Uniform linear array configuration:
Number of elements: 8
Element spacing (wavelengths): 0.75
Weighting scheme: blackman
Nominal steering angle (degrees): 0
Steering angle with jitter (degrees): -0.6975
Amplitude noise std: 0.05
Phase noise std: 0.05

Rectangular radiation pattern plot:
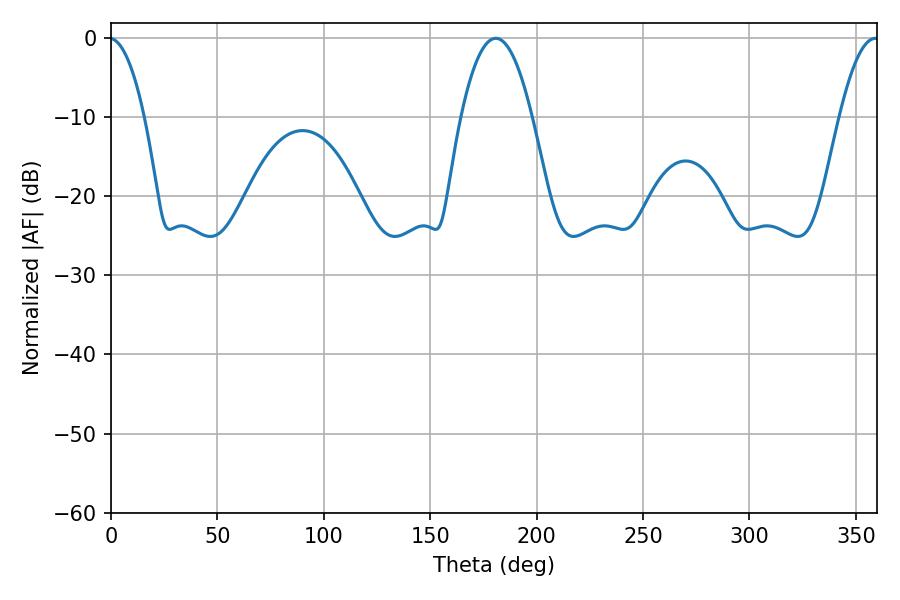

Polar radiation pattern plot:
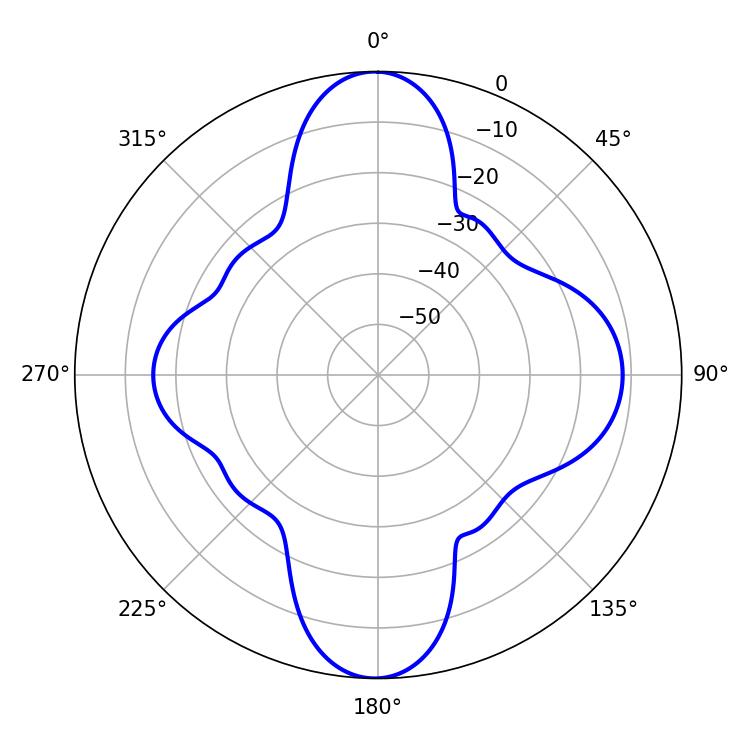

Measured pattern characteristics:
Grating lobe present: TRUE
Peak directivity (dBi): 21.992
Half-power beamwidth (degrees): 18.36
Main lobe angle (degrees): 180.72